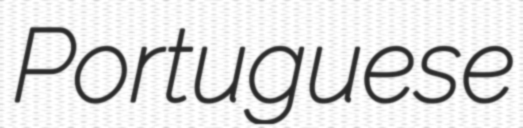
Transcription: Portuguese